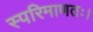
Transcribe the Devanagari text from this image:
स्परिमाणतः।